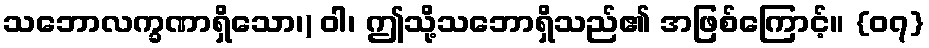
သဘောလက္ခဏာရှိသော၊) ဝါ၊ ဤသို့သဘောရှိသည်၏ အဖြစ်ကြောင့်။ {၀၇}